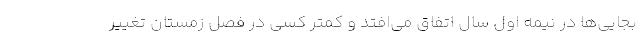
بجایی‌ها در نیمه اول سال اتفاق می‌افتد و کمتر کسی در فصل زمستان تغییر